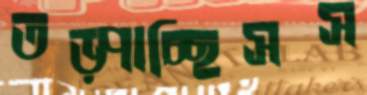
তড়্‌পাচ্ছিসস